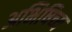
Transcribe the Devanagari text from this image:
अभिषिच्य